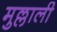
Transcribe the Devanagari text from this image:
मुल्लाली